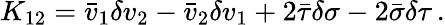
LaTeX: K_{12}=\bar{v}_{1}\delta v_{2}-\bar{v}_{2}\delta v_{1}+2\bar{\tau}\delta\sigma-2\bar{\sigma}\delta\tau\, .